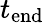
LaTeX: t_{\mathrm{end}}